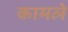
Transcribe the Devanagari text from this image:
कामले